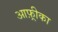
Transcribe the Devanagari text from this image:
आफ़्रीका